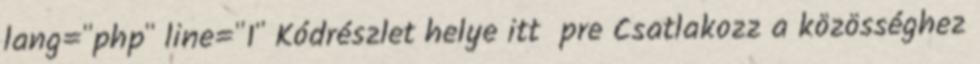
lang="php" line="1" Kódrészlet helye itt pre Csatlakozz a közösséghez